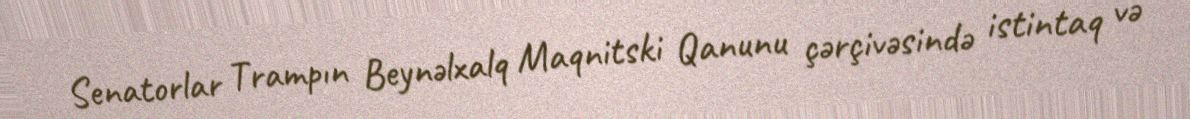
Senatorlar Trampın Beynəlxalq Maqnitski Qanunu çərçivəsində istintaq və